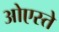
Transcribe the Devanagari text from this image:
ओएस्ते